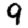
Digit: 9